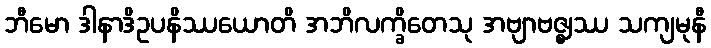
ဘီမော ဒါနာဒိဥပနိဿယောတိ အဘိလက္ခိတေသု အဗျာဗဇ္ဈဿ သကျမုနီ